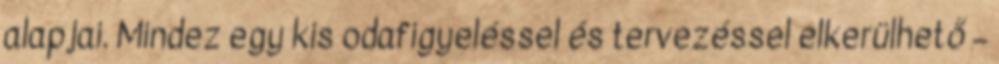
alapjai. Mindez egy kis odafigyeléssel és tervezéssel elkerülhető –